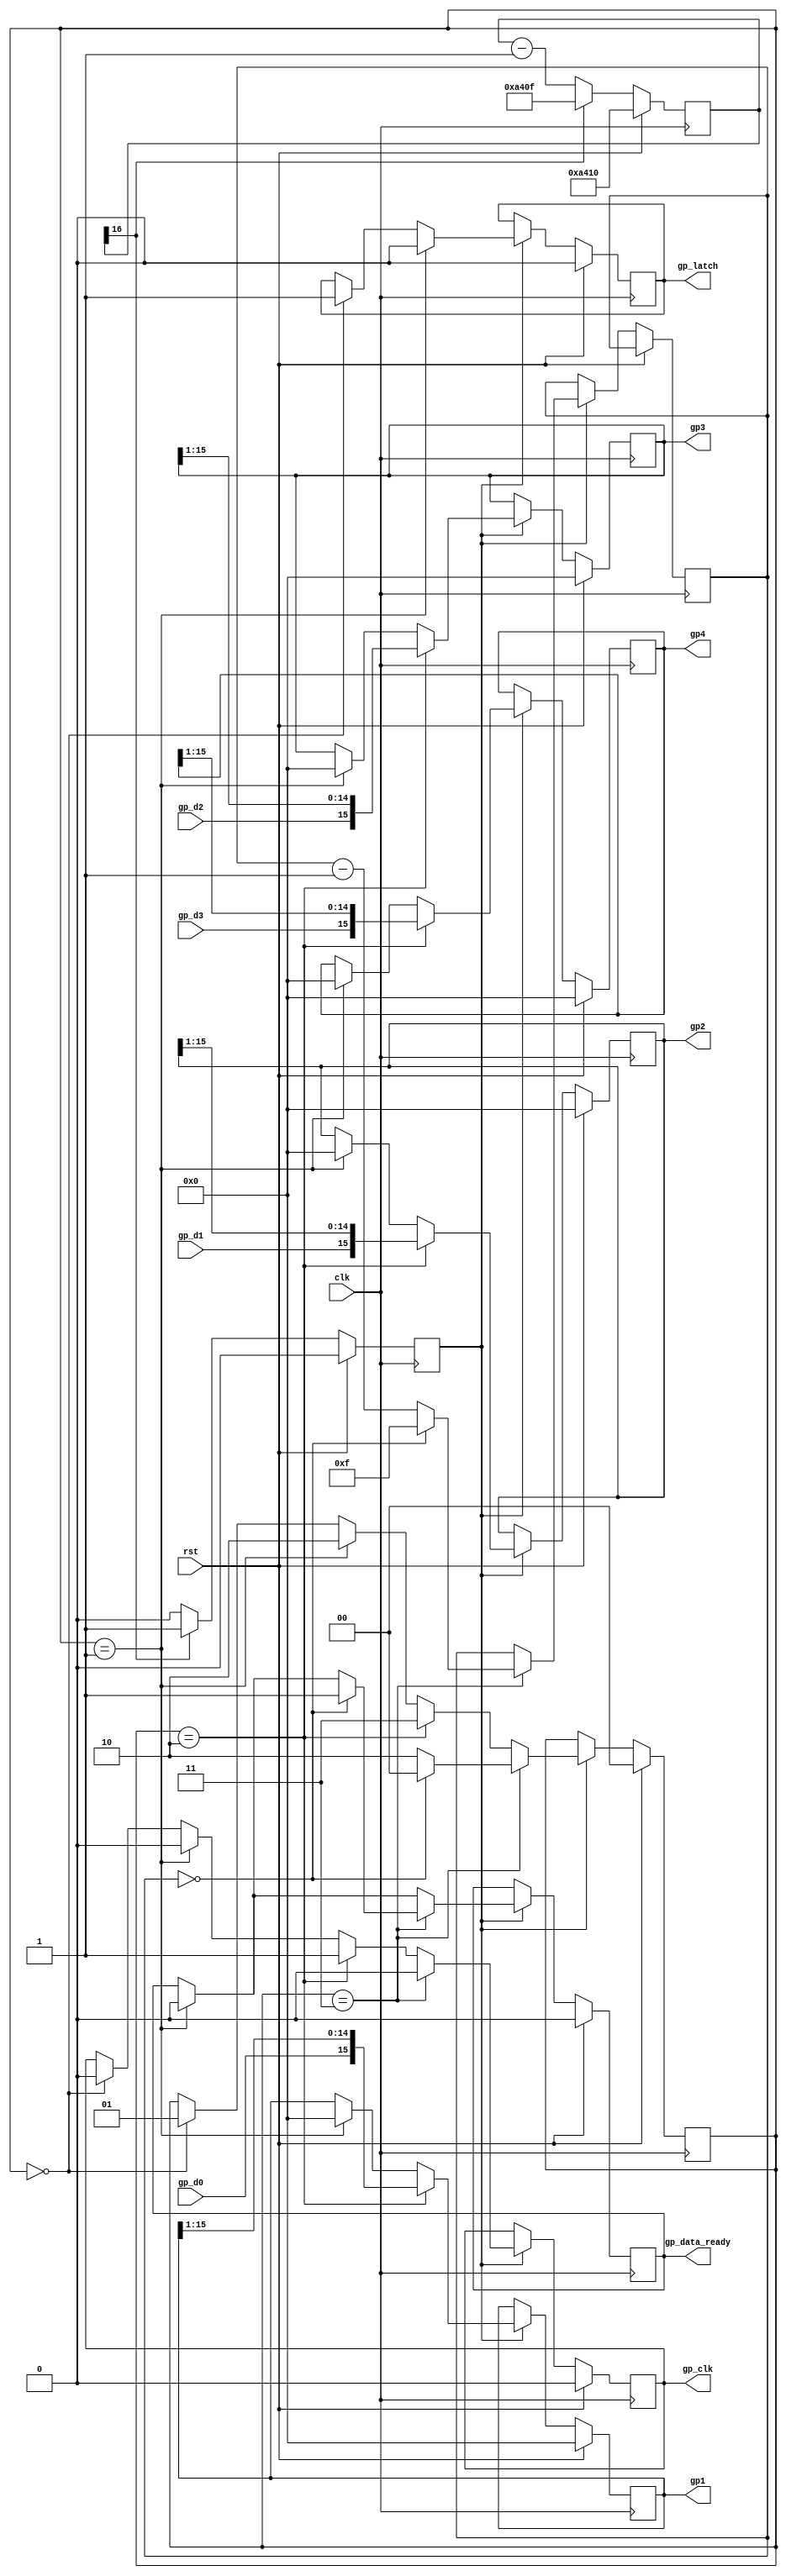
/*
 *  icebreaker examples - read (S)NES gamepad data module
 *
 *  Copyright (C) 2020 Piotr Esden-Tempski <piotr@esden.net>
 *
 *  Permission to use, copy, modify, and/or distribute this software for any
 *  purpose with or without fee is hereby granted, provided that the above
 *  copyright notice and this permission notice appear in all copies.
 *
 *  THE SOFTWARE IS PROVIDED "AS IS" AND THE AUTHOR DISCLAIMS ALL WARRANTIES
 *  WITH REGARD TO THIS SOFTWARE INCLUDING ALL IMPLIED WARRANTIES OF
 *  MERCHANTABILITY AND FITNESS. IN NO EVENT SHALL THE AUTHOR BE LIABLE FOR
 *  ANY SPECIAL, DIRECT, INDIRECT, OR CONSEQUENTIAL DAMAGES OR ANY DAMAGES
 *  WHATSOEVER RESULTING FROM LOSS OF USE, DATA OR PROFITS, WHETHER IN AN
 *  ACTION OF CONTRACT, NEGLIGENCE OR OTHER TORTIOUS ACTION, ARISING OUT OF
 *  OR IN CONNECTION WITH THE USE OR PERFORMANCE OF THIS SOFTWARE.
 *
 */

`default_nettype none

module gamepads #(
	parameter integer N_DIV = 42000,            // clock divider
	parameter integer LOG_N_DIV = $clog2(N_DIV)

)(
	
	// Gamepad Interface Pads
	output wire gp_clk,
	output wire gp_latch,
	input  wire gp_d0,
	input  wire gp_d1,
	input  wire gp_d2,
	input  wire gp_d3,

	// User Interface
	output wire [15:0] gp1,
	output wire [15:0] gp2,
	output wire [15:0] gp3,
	output wire [15:0] gp4,
	output wire gp_data_ready,

	// Clock and reset
	input clk,
	input rst
);

/* Generate strobe */
reg strobe;
reg [LOG_N_DIV:0] clk_div = N_DIV - 1;
always @(posedge clk) begin
	if (rst) begin
		clk_div <= N_DIV;
		strobe <= 0;
	end else
		if (clk_div[LOG_N_DIV]) begin
			clk_div <= N_DIV - 1;
			strobe <= 1;
		end else begin
			clk_div <= clk_div - 1;
			strobe <= 0;
		end
end

/* Gamepad read out state machine */
localparam
	GPS_IDLE  = 0,
	GPS_LATCH = 1,
	GPS_DATA  = 2,
	GPS_CLOCK = 3;

reg [15:0] gp1reg;
reg [15:0] gp2reg;
reg [15:0] gp3reg;
reg [15:0] gp4reg;

reg [1:0] state = GPS_IDLE;
reg [4:0] read_cnt = 15;
reg gp_latch_reg = 0;
reg gp_clk_reg = 0;
reg gp_data_ready_reg = 0;
always @(posedge clk) begin
  if (rst) begin
  	state <= GPS_IDLE;
  	gp_latch_reg <= 0;
  	gp_clk_reg <= 0;
  	gp1reg <= 0;
  	gp2reg <= 0;
  	gp3reg <= 0;
  	gp4reg <= 0;
  	gp_data_ready_reg <= 0;
  end else if (strobe) begin
    if (state == GPS_IDLE) begin
      gp_latch_reg <= 1;
      gp_clk_reg <= 0;
      state <= GPS_LATCH;
    end
    if (state == GPS_LATCH) begin
      gp_latch_reg <= 0;
      gp_clk_reg <= 0;
      gp1reg <= 0;
      gp2reg <= 0;
      gp3reg <= 0;
      gp4reg <= 0;
      gp_data_ready_reg <= 0;
      state <= GPS_DATA;
    end
    if (state == GPS_DATA) begin
      gp1reg <= {gp_d0, gp1reg[15:1]};
      gp2reg <= {gp_d1, gp2reg[15:1]};
      gp3reg <= {gp_d2, gp3reg[15:1]};
      gp4reg <= {gp_d3, gp4reg[15:1]};
      gp_clk_reg <= 1;
      state <= GPS_CLOCK;
    end
    if (state == GPS_CLOCK) begin
      gp_clk_reg <= 0;
      if (read_cnt == 0) begin
        read_cnt <= 15;
        gp_data_ready_reg <= 1;
        state <= GPS_IDLE;
      end else begin
        read_cnt <= read_cnt - 1;
        state <= GPS_DATA;
      end
    end
  end
end

assign gp_latch = gp_latch_reg;
assign gp_clk = gp_clk_reg;

assign gp1 = gp1reg;
assign gp2 = gp2reg;
assign gp3 = gp3reg;
assign gp4 = gp4reg;
assign gp_data_ready = gp_data_ready_reg;

endmodule